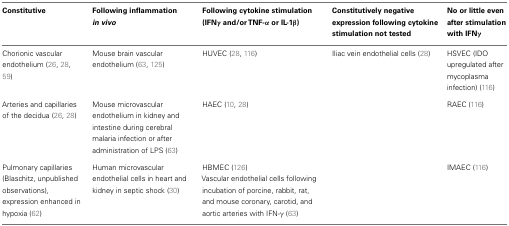
| Constitutive | Following inflammation in vivo | Following cytokine stimulation (IFNγ and/or TNF-α or IL-1β) | Constitutively negative expression following cytokine stimulation not tested | No or little even after stimulation with IFNγ |
 | --- | --- | --- | --- | --- |
 | Chorionic vascular endothelium (26, 28, 59) | Mouse brain vascular endothelium (63, 125) | HUVEC (28, 116) | Iliac vein endothelial cells (28) | HSVEC (IDO upregulated after mycoplasma infection) (116) |
 | Arteries and capillaries of the decidua (26, 28) | Mouse microvascular endothelium in kidney and intestine during cerebral malaria infection or after administration of LPS (63) | HAEC (10, 28) |  | RAEC (116) |
 | Pulmonary capillaries (Blaschitz, unpublished observations), expression enhanced in hypoxia (62) | Human microvascular endothelial cells in heart and kidney in septic shock (30) | HBMEC (126) |  | IMAEC (116) |
 |  |  | Vascular endothelial cells following incubation of porcine, rabbit, rat, and mouse coronary, carotid, and aortic arteries with IFN-γ (63) |  |  |